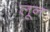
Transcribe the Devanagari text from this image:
लून